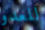
للعدو